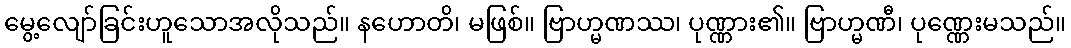
မွေ့လျော်ခြင်းဟူသောအလိုသည်။ နဟောတိ၊ မဖြစ်။ ဗြာဟ္မဏဿ၊ ပုဏ္ဏား၏။ ဗြာဟ္မဏီ၊ ပုဏ္ဏေးမသည်။